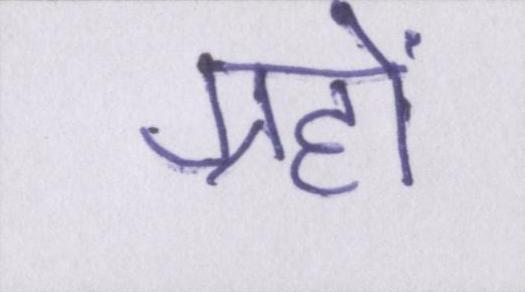
ग्रहों